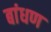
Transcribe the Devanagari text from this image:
बांधण